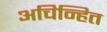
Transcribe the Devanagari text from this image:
अचिन्हित